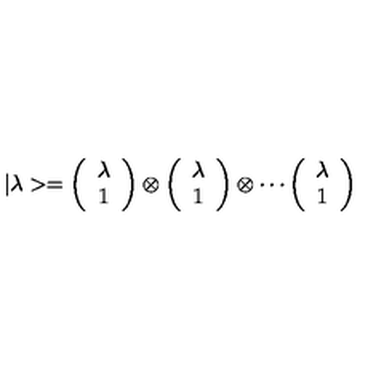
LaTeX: | \lambda > = \left( \begin{array} { c } { \lambda } \\ { 1 } \\ \end{array} \right) \otimes \left( \begin{array} { c } { \lambda } \\ { 1 } \\ \end{array} \right) \otimes \cdots \left( \begin{array} { c } { \lambda } \\ { 1 } \\ \end{array} \right)